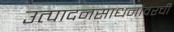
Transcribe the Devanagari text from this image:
उत्पादनसाधनांवरची